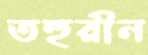
তহুরীন